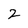
Character: 2